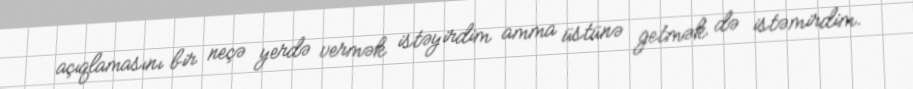
açıqlamasını bir neçə yerdə vermək istəyirdim amma üstünə getmək də istəmirdim.